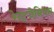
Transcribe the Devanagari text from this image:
रेन्ट्जेनियम